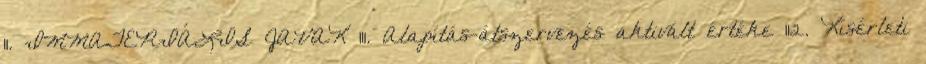
11. IMMATERIÁLIS JAVAK 111. Alapítás-átszervezés aktivált értéke 112. Kísérleti